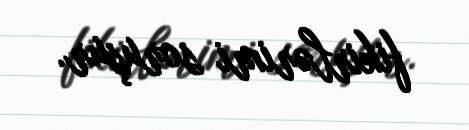
fikirlərimi soruşur.